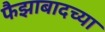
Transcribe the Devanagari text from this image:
फैझाबादच्या